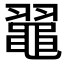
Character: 𪓦